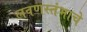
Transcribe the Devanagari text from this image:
लवणस्तंभाचे